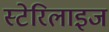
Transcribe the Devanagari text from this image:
स्टेरिलाइज